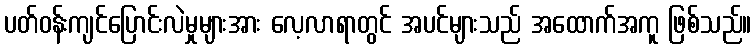
ပတ်ဝန်းကျင်ပြောင်းလဲမှုများအား လေ့လာရာတွင် အပင်များသည် အထောက်အကူ ဖြစ်သည်။